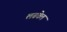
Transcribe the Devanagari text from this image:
लढवेल